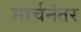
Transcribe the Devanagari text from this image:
मार्चनंतर